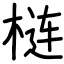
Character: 梿